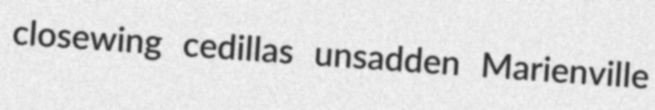
closewing cedillas unsadden Marienville